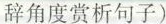
辞角度赏析句子)